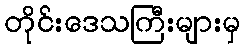
တိုင်းဒေသကြီးများမှ